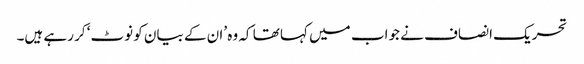
تحریک انصاف نے جواب میں کہا تھا کہ وہ ’ان کے بیان کو نوٹ‘ کر رہے ہیں۔